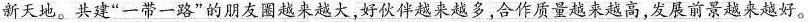
新天地。共建”一带一路”的朋友圈越来越大，好伙伴越来越多，合作质量越来越高，发展前景越来越好。